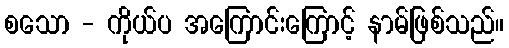
စသော - ကိုယ်ပ အကြောင်းကြောင့် နာမ်ဖြစ်သည်။